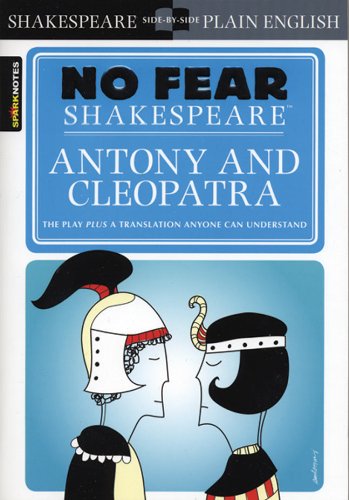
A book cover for Antony & Cleopatra (No Fear Shakespeare); SparkNotes; Literature & Fiction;